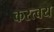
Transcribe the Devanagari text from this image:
करत्वय